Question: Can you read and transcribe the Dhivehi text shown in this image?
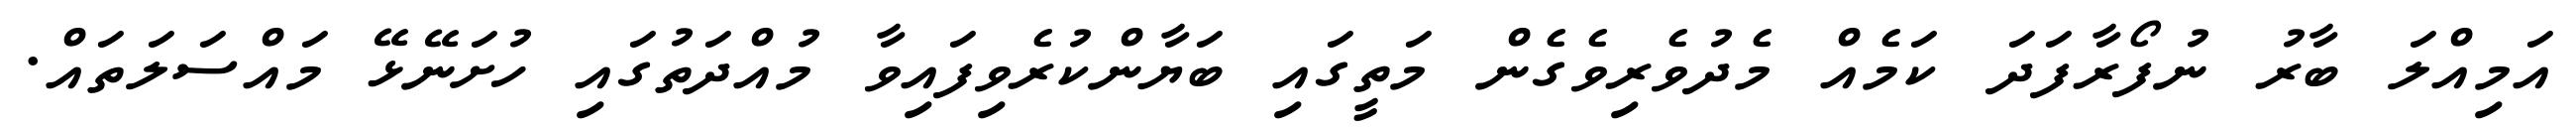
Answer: އަމިއްލަ ބާރު ނުފޯރާފަދަ ކަމެއް މެދުވެރިވެގެން މަތީގައި ބަޔާންކުރެވިފައިވާ މުއްދަތުގައި ހުށަނޭޅޭ މައްސަލަތައް.